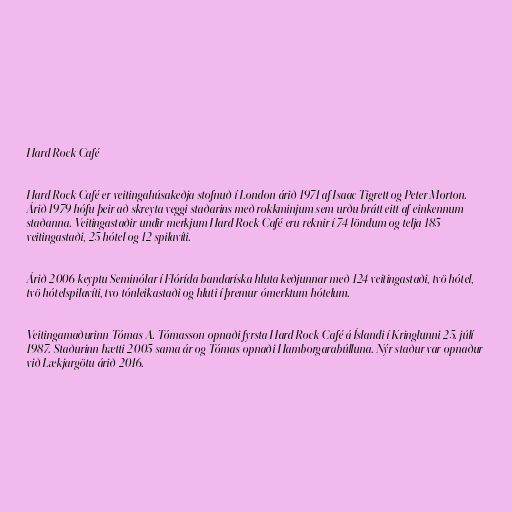
Hard Rock Café

Hard Rock Café er veitingahúsakeðja stofnuð í London árið 1971 af Isaac Tigrett og Peter Morton.
Árið 1979 hófu þeir að skreyta veggi staðarins með rokkminjum sem urðu brátt eitt af einkennum
staðanna. Veitingastaðir undir merkjum Hard Rock Café eru reknir í 74 löndum og telja 185
veitingastaði, 25 hótel og 12 spilavíti.

Árið 2006 keyptu Seminólar í Flórída bandaríska hluta keðjunnar með 124 veitingastaði, tvö hótel,
tvö hótelspilavíti, tvo tónleikastaði og hluti í þremur ómerktum hótelum.

Veitingamaðurinn Tómas A. Tómasson opnaði fyrsta Hard Rock Café á Íslandi í Kringlunni 25. júlí
1987. Staðurinn hætti 2005 sama ár og Tómas opnaði Hamborgarabúlluna. Nýr staður var opnaður
við Lækjargötu árið 2016.